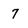
Character: 7